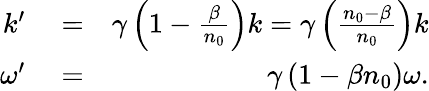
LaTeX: \begin{array}{rlr}{k^{\prime}}&{{}=}&{\gamma\left(1-\frac{\beta}{n_{0}}\right)k=\gamma\left(\frac{n_{0}-\beta}{n_{0}}\right)k}\\ {\omega^{\prime}}&{{}=}&{\gamma\left(1-\beta n_{0}\right)\omega.}\end{array}